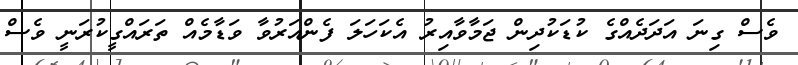
ވެސް ގިނަ އަދަދެއްގެ ކުޑަކުދިން ޖަމާވާއިރު އެކަހަލަ ފެންއަރުވާ ވަޑާމެއް ތަރައްގީކުރަނީ ވެސް